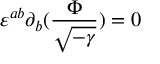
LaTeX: \varepsilon ^ { a b } \partial _ { b } ( \frac { \Phi } { \sqrt { - \gamma } } ) = 0